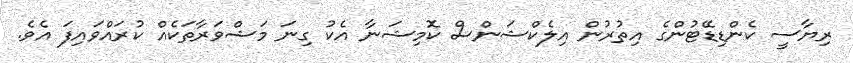
ރިޔާސީ ކެންޑިޑޭޓުންގެ އިތުރުން އިލެކްޝަންސް ކޮމިޝަނާ އެކު ގިނަ މަޝްވަރާތަކެއް ކުރައްވައިފަ އެވެ.